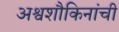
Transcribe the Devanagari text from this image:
अश्वशौकिनांची